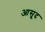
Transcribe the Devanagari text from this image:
आसूद